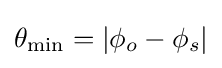
\theta _{\text{min}}=|\phi _{o}-\phi _{s}|